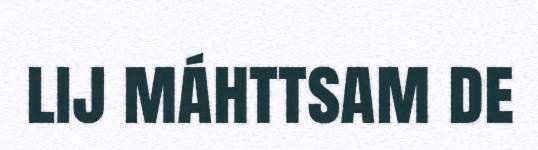
lij máhttsam de